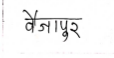
मजकूर: वैजापुर